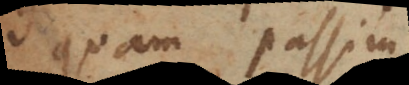
quam passim